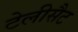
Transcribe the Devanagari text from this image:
टेलीसैट